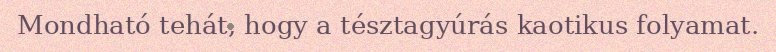
Mondható tehát, hogy a tésztagyúrás kaotikus folyamat.